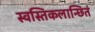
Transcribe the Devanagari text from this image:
स्वस्तिकलान्छितं